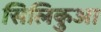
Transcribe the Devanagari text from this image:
सिलिकुआ